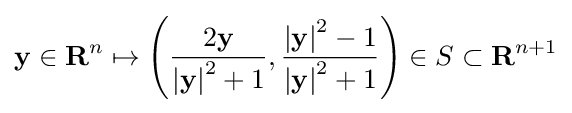
\mathbf {y} \in \mathbf {R} ^{n}\mapsto \left({\frac {2\mathbf {y} }{\left|\mathbf {y} \right|^{2}+1}},{\frac {\left|\mathbf {y} \right|^{2}-1}{\left|\mathbf {y} \right|^{2}+1}}\right)\in S\subset \mathbf {R} ^{n+1}